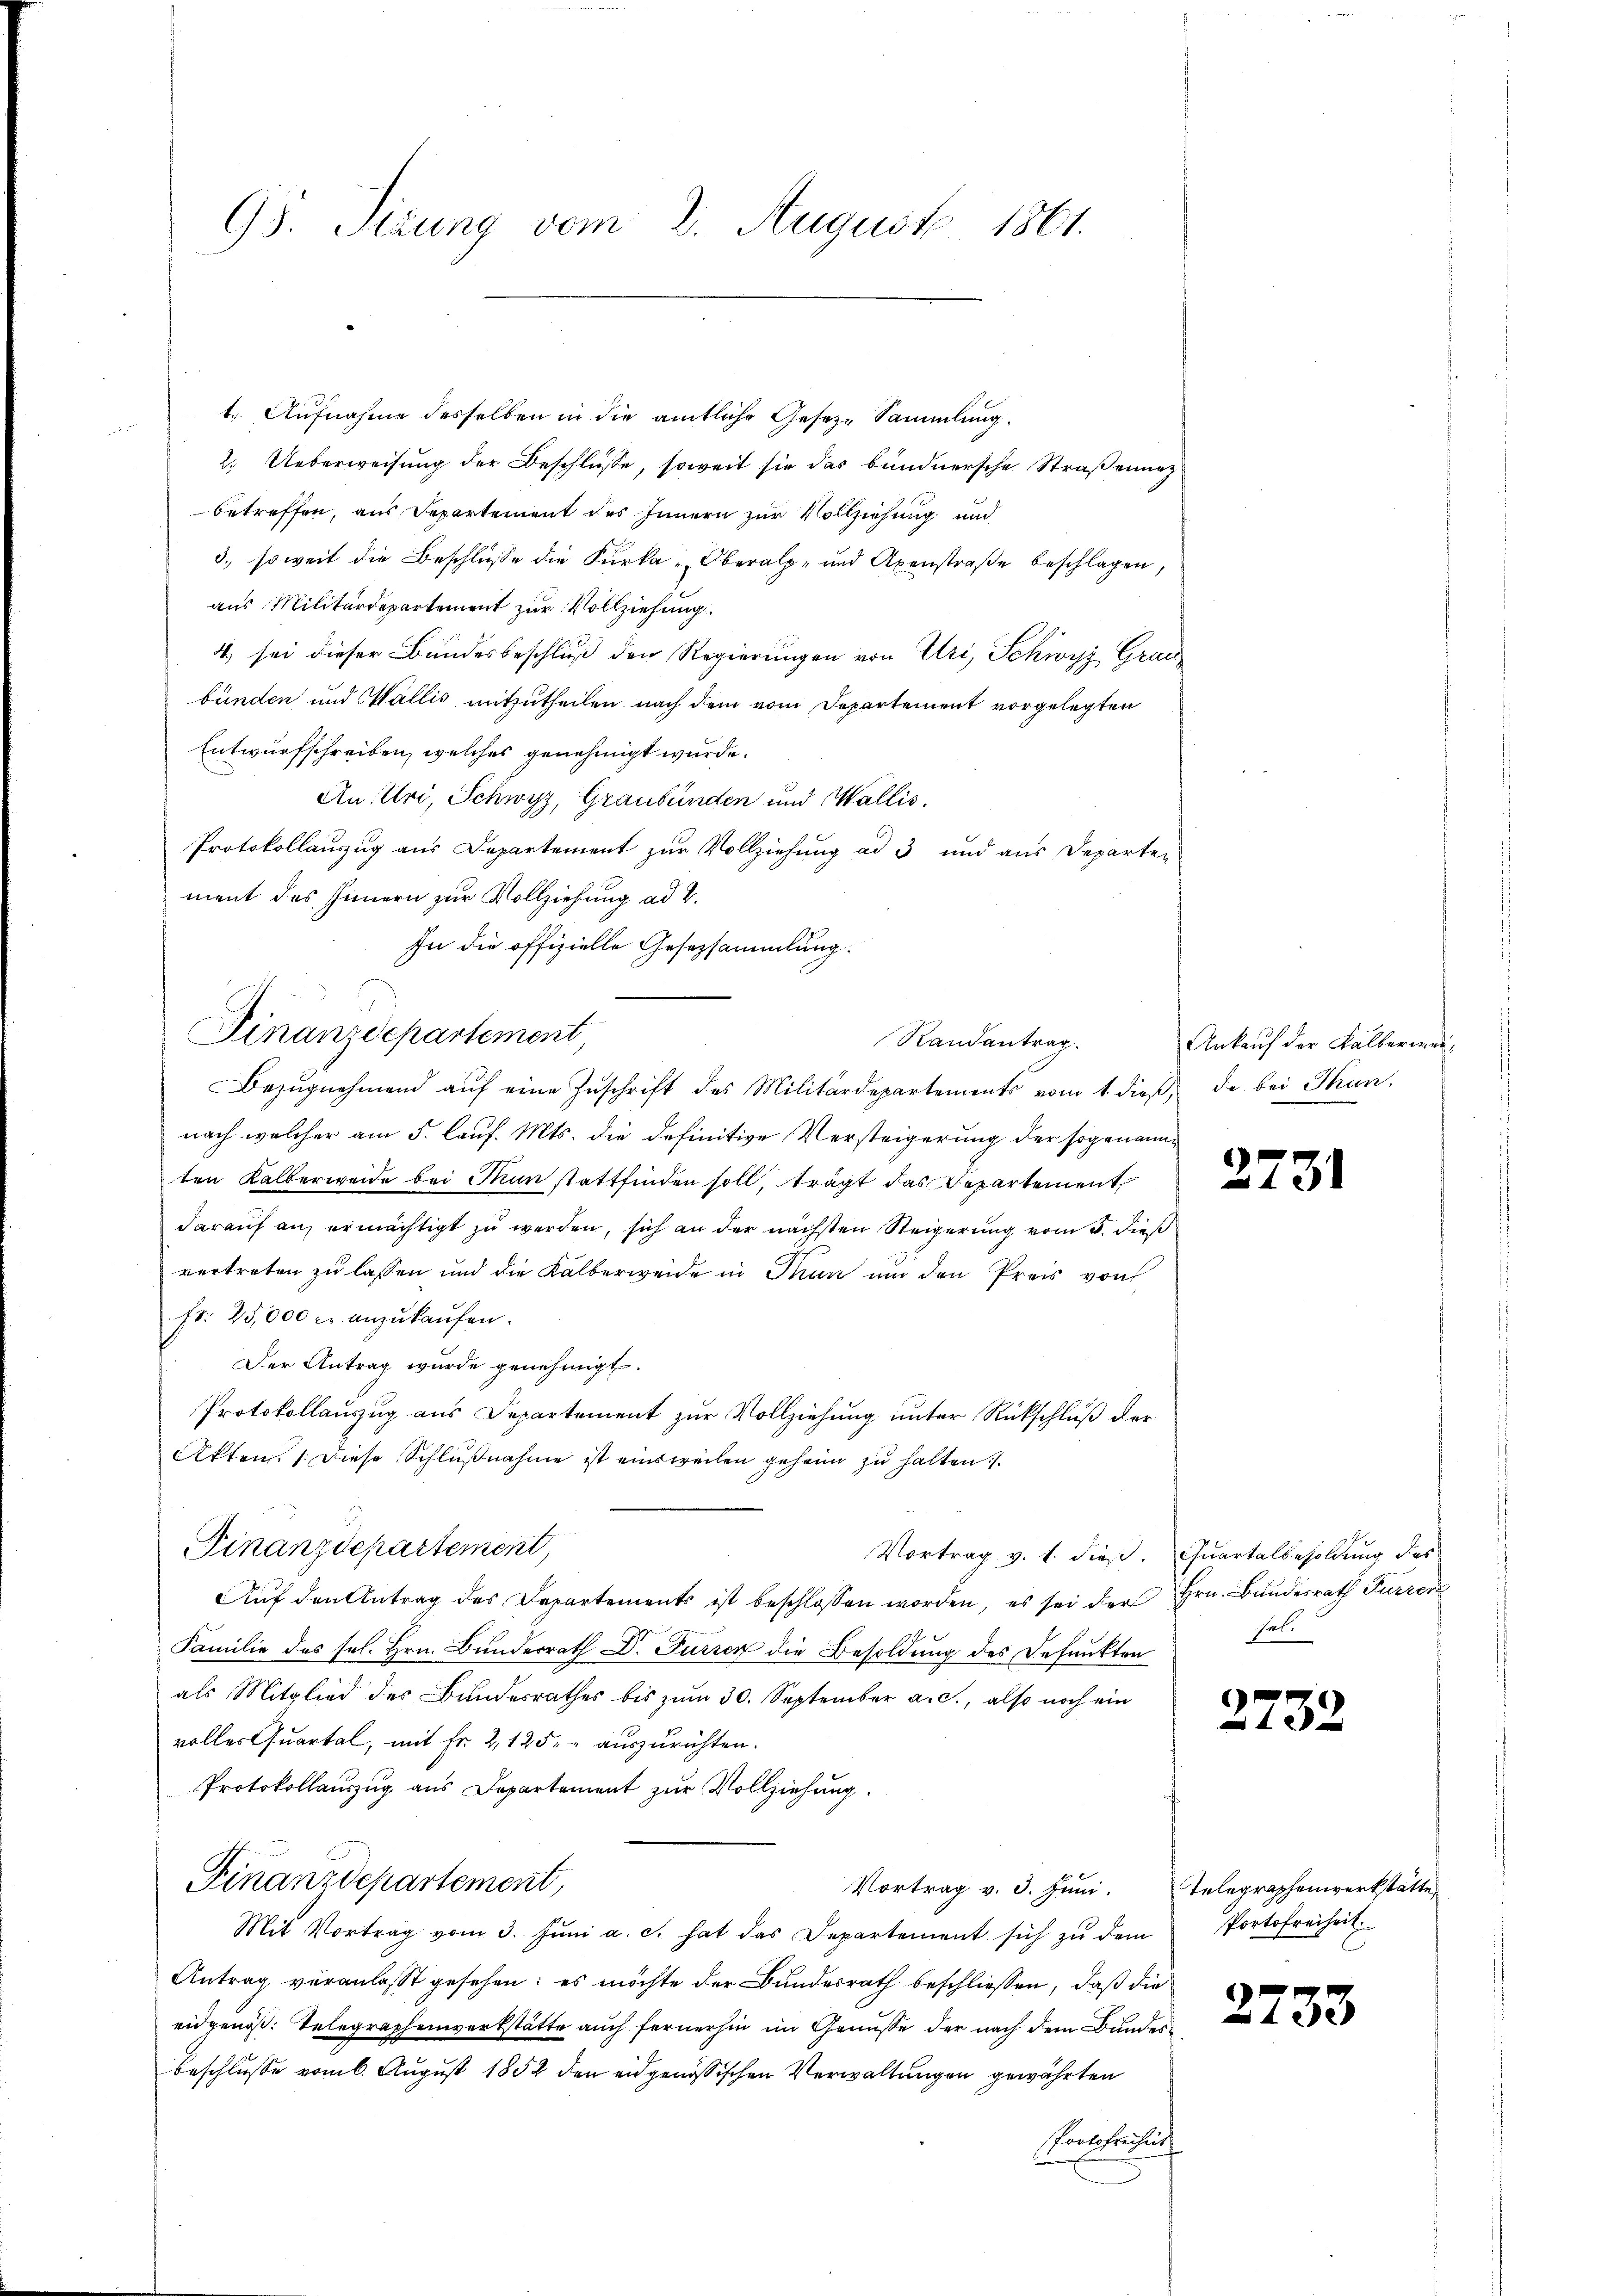
98. Sizung vom 2. August 1861.

t. Aufnahme desselben in die amtliche Gesez-Sammlung.
2. Ueberweisung der Beschlüsse, soweit sie das bündnersche Straßenunz
betreffen, aus Departement des Innern zur Vollziehung und
3. soweit die Beschlüsse die Furka "Oberalpe und Axenstraβe beschlagen,
aus Militärdepartement zur Vollziehung.
4. sei dieser Bundesbeschluß den Regierungen von Uri, Schwyz Graubünden und Wallis mitzutheilen nach dem vom Departement vorgelegten
Entwurfschreiben, welches genehmigt wurde.
Au Uri, Schwyz, Graubünden und Wallis.
Protokollauszug aus Departement zur Vollziehung ad 3 und aus Departen
ment des Innern zur Vollziehung ad 2.
In die offizielle Gesetzsammlung.
Finanzdepartement,
Bezŭgnehmend aŭf eine Zuschrift des Militärdepartements vom 1. dieß, de bei Thun.
nach welcher am 5. auf. Mts. die definitive Versteigerung der sogenannten Kalberweide bei Man stattfinden soll, trägt das Departement
darauf an, ermächtigt zu werden, sich an der nächsten Steigerung vom 5. dieß
vertreten zu lassen und die Kalberweide in Thun um den Preis von
Fr. 25,000 c. anzŭkaŭfen.
Der Antrag wurde genehmigt.
Protokollauszug aus Departement zur Vollziehung unter Rückschluß der
Akten. 1. Diese Schlußnahme ist einweilen geheim zu halten.
Finanzdepartement,
Vortrag v. 1. dieß. Quartalbesoldung des
Aŭf den Antrag des Departements ist beschlossen worden, es sei der Hrn. Bundesrath Furrer
Familie des Frl. Hrn. Bunderrath Dr. Furren die Besoldung des Befunkten
als Mitglied des Bundesrathes bis zum 30. September a. c., also noch ein
volles Quartal, mit Fr. 2, 125 auszurichten.
Protokollauszug aus Departement zur Vollziehung.
Finanzdepartement,
Vortrag v. 3. Juni. Telegraphenwerkstätte,
Mit Vortrag vom 3. Jŭni a. c. hat das Departement sich zu dem
Antrag veranlasst gesehen; es möchte der Bundesrath beschließen, daß die
eidgenöß: Telegraphenwerkstätte auch fernerhin im Genuße der nach dem Bundes
beschluße vom 6. August 1852 den eidgenössischen Verwaltungen gewährten
Portofreches

Randantrag.

Ankauf der Kälberwen¬

)
131

27

set.

32

Portofreiheit.

2733